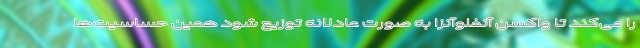
را می‌کند تا واکسن آنفلوآنزا به صورت عادلانه توزیع شود همین حساسیت‌ها